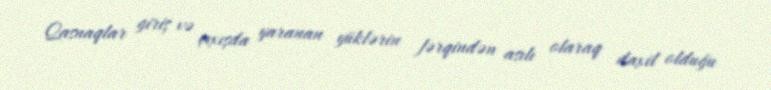
Qasnaqlar giriş və çıxışda yaranan yüklərin fərqindən asılı olaraq daxil olduğu